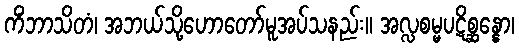
ကိံဘာသိတံ၊ အဘယ်သို့ဟောတော်မူအပ်သနည်း။ အလ္လစမ္မပဋိစ္ဆန္နော၊